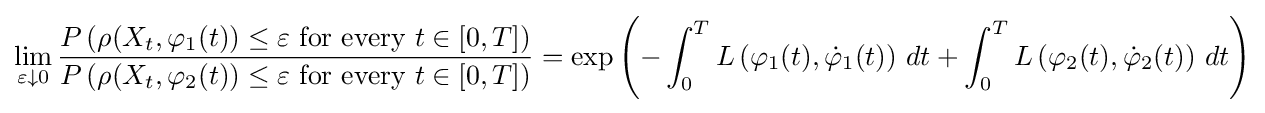
\lim _{\varepsilon \downarrow 0}{\frac {P\left(\rho (X_{t},\varphi _{1}(t))\leq \varepsilon {\text{ for every }}t\in [0,T]\right)}{P\left(\rho (X_{t},\varphi _{2}(t))\leq \varepsilon {\text{ for every }}t\in [0,T]\right)}}=\exp \left(-\int _{0}^{T}L\left(\varphi _{1}(t),{\dot {\varphi }}_{1}(t)\right)\,dt+\int _{0}^{T}L\left(\varphi _{2}(t),{\dot {\varphi }}_{2}(t)\right)\,dt\right)